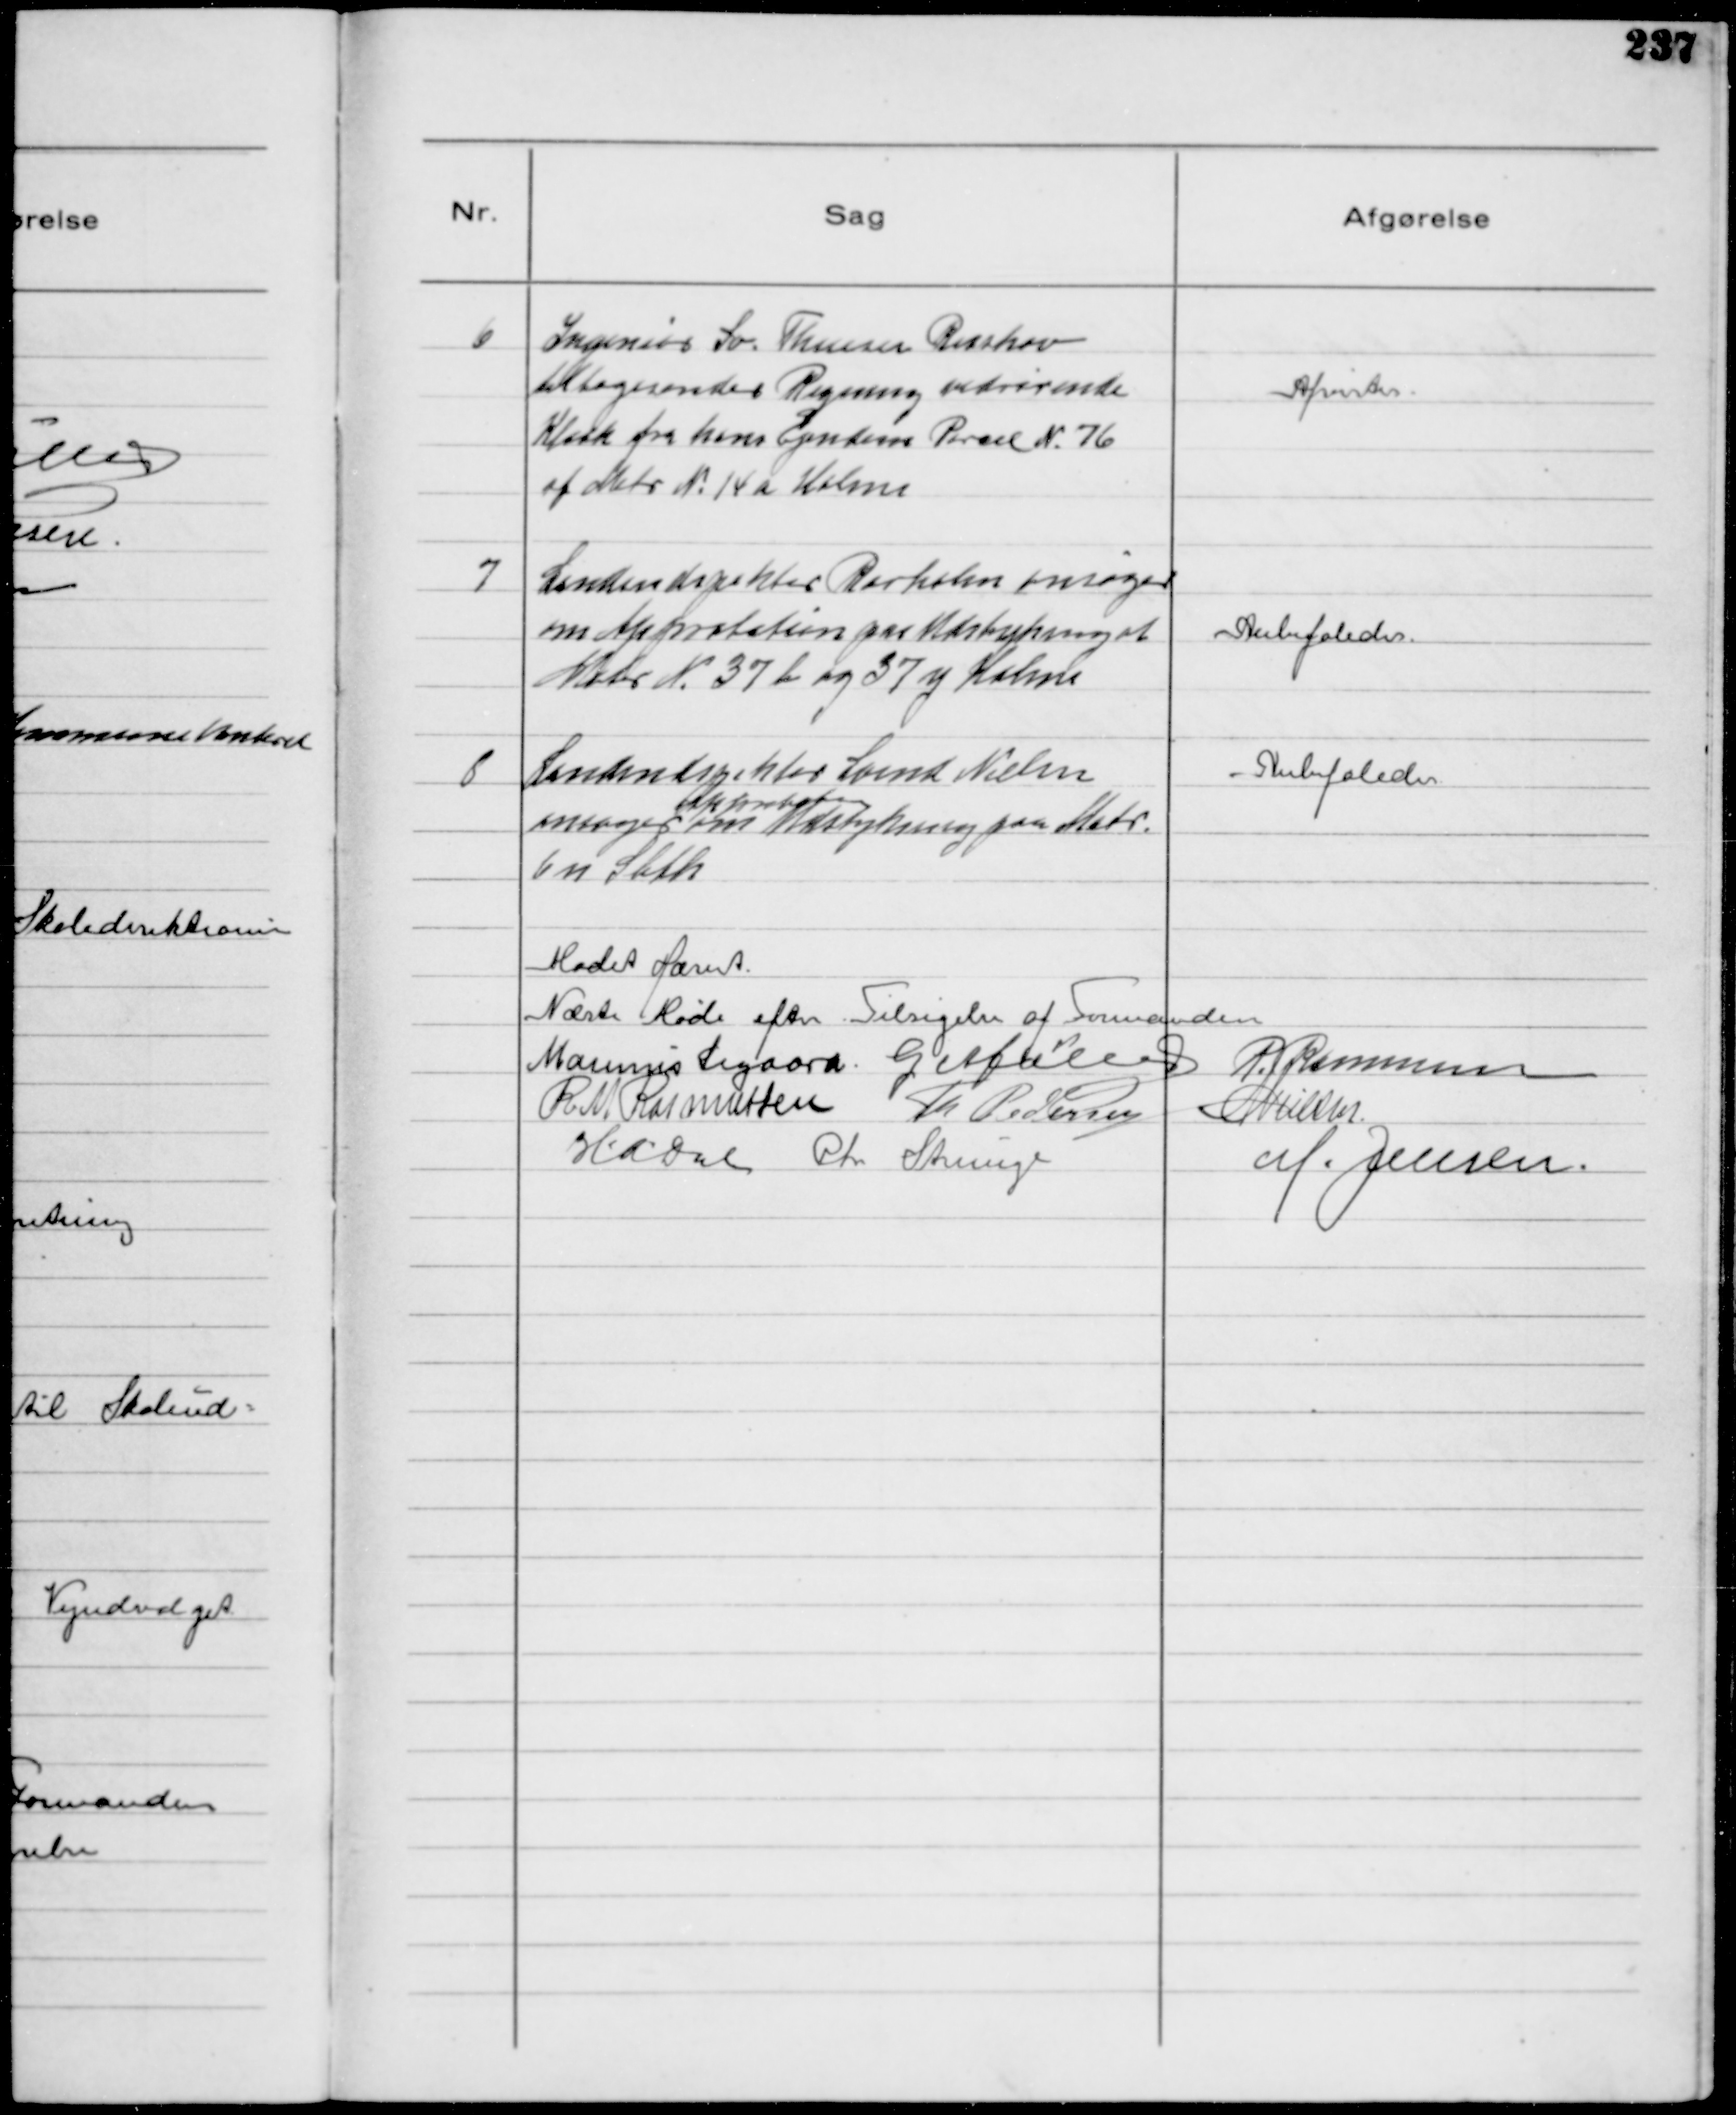
Transskription:
6
Ingeniør Sv. Thuesen Risskov
tilbagesender Regning vedrørende
Kloak fra hans Ejendom Parcel N 76
af Matr N 14 a Holme

Afvistes

7
Landindspektør Rørholm ansøger
om Approbation paa Udstykning af
Matr N 37 b og 37 y Holme

Anbefaledes

8
Landindspektør Svend Nielsen
ansøger om
Approbation
Udstykning paa Matr.
6 n Sleth

Anbefaledes

Mødet Hævet
Næste Møde efter Tilsigelse af Formanden
Magnus Sigaard G Møller R. Rasmussen
R M. Rasmussen Th Pedersen NNielsen
HADal. Chr Strunge M. Jensen